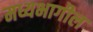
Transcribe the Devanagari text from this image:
मध्यभागील